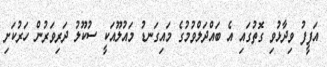
އަފީފު ވިދާޅުވި ގޮތުގައި އެ ބައްދަލްވުމުގެ މައިގަނޑު މައުލޫއަކީ ސުކޫލު ދަރިވަރުން ހަރުކަށި